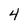
Character: 4